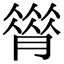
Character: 𦠗